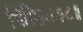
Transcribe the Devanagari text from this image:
गिरिशः॥१८॥